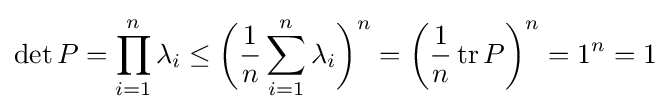
\det P=\prod _{i=1}^{n}\lambda _{i}\leq {\bigg (}{1 \over n}\sum _{i=1}^{n}\lambda _{i}{\bigg )}^{n}=\left({1 \over n}\operatorname {tr} P\right)^{n}=1^{n}=1